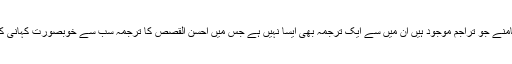
میرے سامنے جو تراجم موجود ہیں ان میں سے ایک ترجمہ بھی ایسا نہیں ہے جس میں احسن القصص کا ترجمہ سب سے خوبصورت کہانی کیا گیا ہو۔